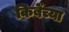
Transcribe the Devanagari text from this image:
किबेंच्या